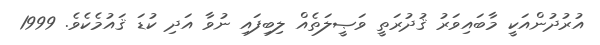
އުރުދުންއަކީ މާބައިވަރު ޤުދުރަތީ ވަޞީލަތެއް ލިބިފައި ނުވާ އަދި ކުޑަ ޤައުމެކެވެ. 1999